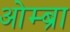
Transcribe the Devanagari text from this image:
ओम्ब्रा